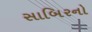
સાબિરનો